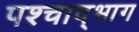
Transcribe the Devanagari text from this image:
पश्चाद्भाग